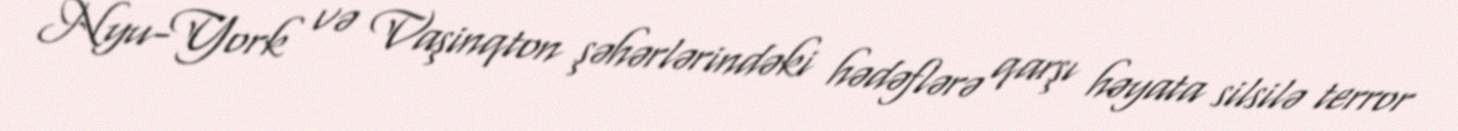
Nyu-York və Vaşinqton şəhərlərindəki hədəflərə qarşı həyata silsilə terror